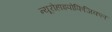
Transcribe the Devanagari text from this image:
न्यूरोहाइपोफिजिकल